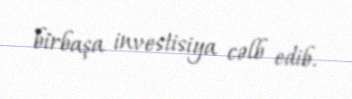
birbaşa investisiya cəlb edib.